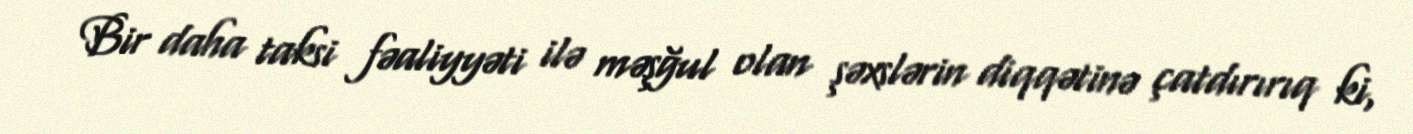
Bir daha taksi fəaliyyəti ilə məşğul olan şəxslərin diqqətinə çatdırırıq ki,